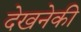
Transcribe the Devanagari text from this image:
देखनेकी